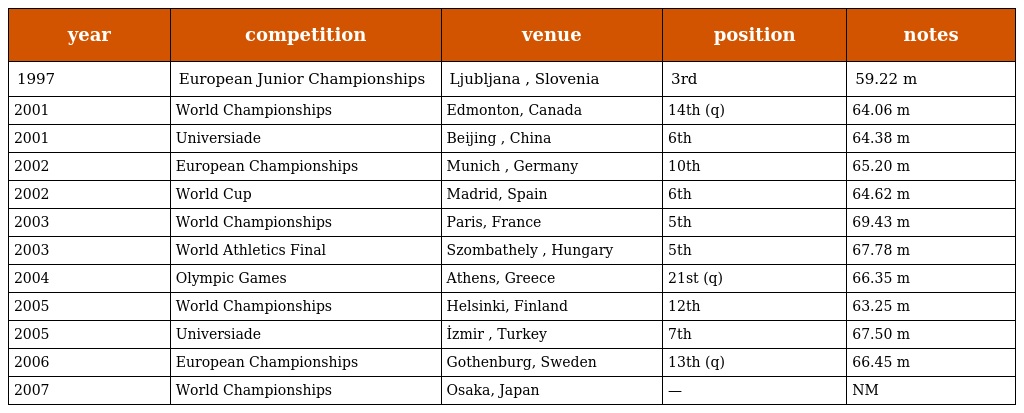
| year | competition | venue | position | notes |
 | --- | --- | --- | --- | --- |
 | 1997 | European Junior Championships | Ljubljana , Slovenia | 3rd | 59.22 m |
 | 2001 | World Championships | Edmonton, Canada | 14th (q) | 64.06 m |
 | 2001 | Universiade | Beijing , China | 6th | 64.38 m |
 | 2002 | European Championships | Munich , Germany | 10th | 65.20 m |
 | 2002 | World Cup | Madrid, Spain | 6th | 64.62 m |
 | 2003 | World Championships | Paris, France | 5th | 69.43 m |
 | 2003 | World Athletics Final | Szombathely , Hungary | 5th | 67.78 m |
 | 2004 | Olympic Games | Athens, Greece | 21st (q) | 66.35 m |
 | 2005 | World Championships | Helsinki, Finland | 12th | 63.25 m |
 | 2005 | Universiade | İzmir , Turkey | 7th | 67.50 m |
 | 2006 | European Championships | Gothenburg, Sweden | 13th (q) | 66.45 m |
 | 2007 | World Championships | Osaka, Japan | — | NM |